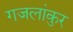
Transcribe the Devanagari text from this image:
गजलांकुर